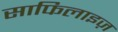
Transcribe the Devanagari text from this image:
साफिलाइज़